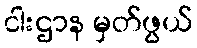
ငါးဌာန မှတ်ဖွယ်